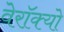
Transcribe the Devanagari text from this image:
वेरॉक्यो